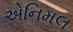
એનિમલ